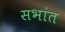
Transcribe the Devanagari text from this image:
सभांत